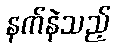
နက်နဲသည့်